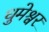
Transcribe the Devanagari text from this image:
धुमेश्वर